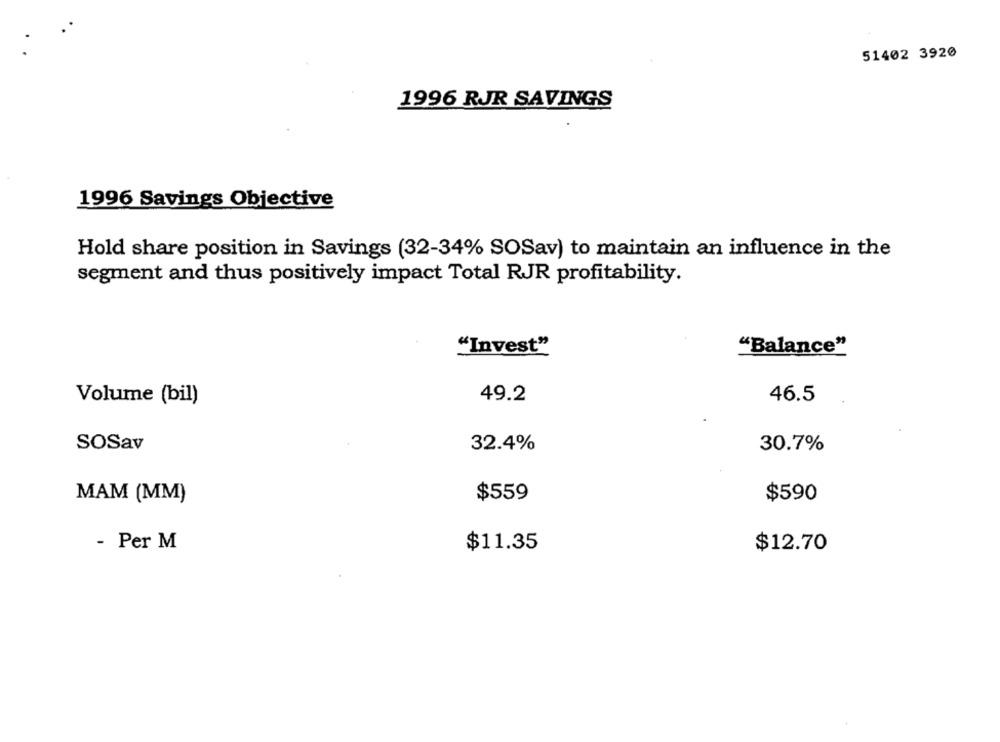
51402 3920
1996 RJR SAVINGS
1996 Savings Objective
Hold share position in Savings (32-34% SOSav) to maintain an influence in the
segment and thus positively impact Total RJR profitability.
"Invest"
"Balance"
49.2
46.5
Volume (bil)
SOSav
32.4%
30.7%
MAM (MM)
$559
$590
- Per M
$11.35
$12.70